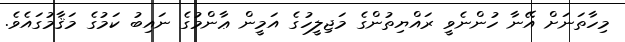
މިހާތަނަށް އޭނާ ހުންނެވީ ރައްޔިތުންގެ މަޖިލީހުގެ އަމީން ޢާންމުގެ ނައިބު ކަމުގެ މަޤާމުގައެވެ.